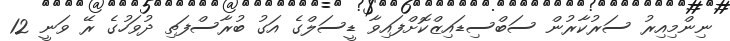
ނިންމިއިރު ސަރުކާރުން ސަބްސިޑައިޒްކޮށްފައިވާ ޑީސަލްގެ އަގު ބުރާސްފަތި ދުވަހުގެ ރޭ ވަނީ 12